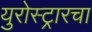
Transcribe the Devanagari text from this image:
युरोस्ट्रारचा